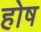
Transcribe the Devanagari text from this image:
होष